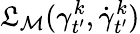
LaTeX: \mathfrak{L}_{{\mathcal{{M}}}}(\gamma_{t^{\prime}}^{k},\dot{{\gamma}}_{t^{\prime}}^{k})